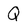
Character: Q